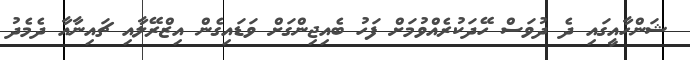
ޝަންހާއީގައި ދެ ދުވަސް ހޭދަކުރެއްވުމަށް ފަހު ބެއިޖިންގަށް ވަޑައިގެން އިޒްރޭލާއި ޗައިނާއާ ދެމެދު